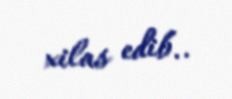
xilas edib..